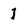
Character: l